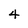
Character: 4